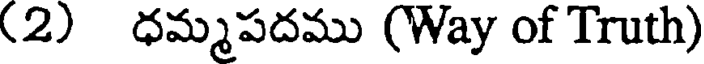
(2) ధమ్మపదము (Way of Truth)